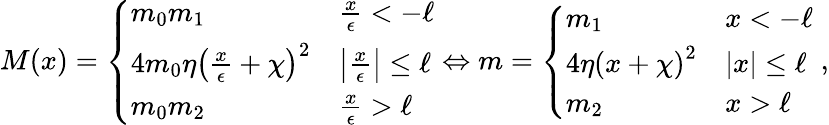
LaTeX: M(x)=\left\{ \begin{array}{ll}{m_{0}m_{1}}&{\frac{x}{\epsilon}<-\ell}\\ {4m_{0}\eta{\left(\frac{x}{\epsilon}+\chi\right)}^{2}}&{\left|\frac{x}{\epsilon}\right|\leq\ell}\\ {m_{0}m_{2}}&{\frac{x}{\epsilon}>\ell}\end{array}\right.\Leftrightarrow m=\left\{ \begin{array}{ll}{m_{1}}&{x<-\ell}\\ {4\eta{\left(x+\chi\right)}^{2}}&{\left|x\right|\leq\ell}\\ {m_{2}}&{x>\ell}\end{array}\right.\; ,